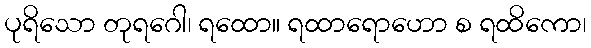
ပုရိသော တုရဂေါ၊ ရထော။ ရထာရောဟော စ ရထိကော၊